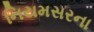
નિયમસરના